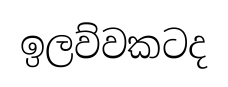
ඉලව්වකටද